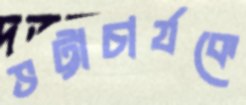
ভট্টাচার্যকে